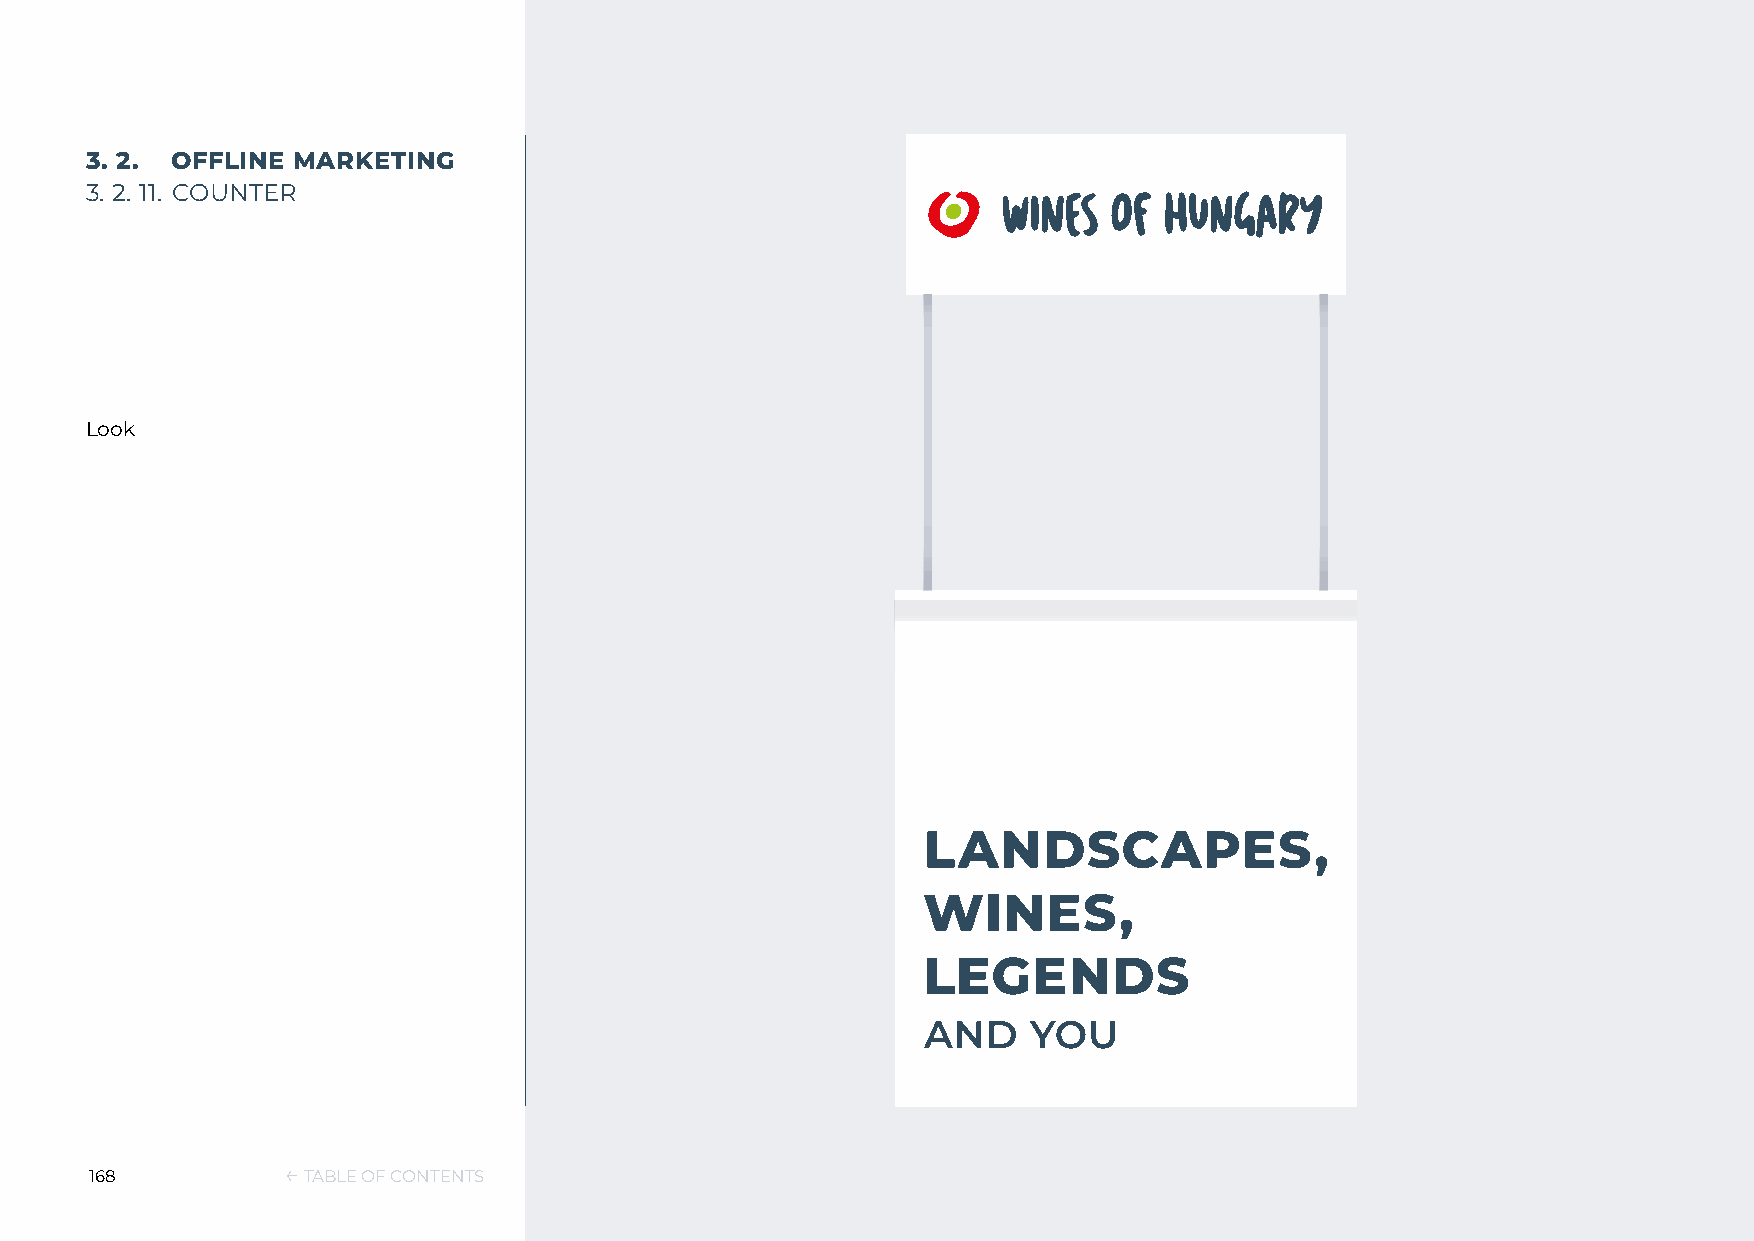
3. 2. OFFLINE MARKETING
 3. 2. 11. COUNTER
 Look
 168          ← TABLE OF CONTENTS